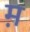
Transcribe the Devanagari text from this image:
म़